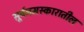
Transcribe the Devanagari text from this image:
सूर्यनमस्कारातील